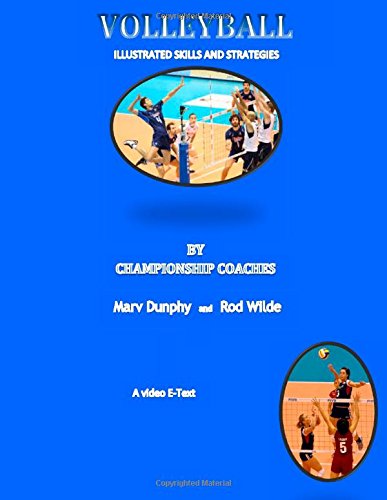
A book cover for Volleyball--Illustrated Skills and Strategies: By Championship Coaches; Dr. Marv Dunphy; Sports & Outdoors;